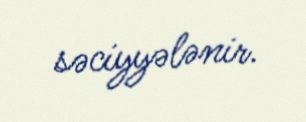
səciyyələnir.